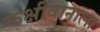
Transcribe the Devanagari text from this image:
कक्षीवानाला